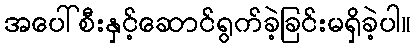
အပေါ်စီးနှင့်ဆောင်ရွက်ခဲ့ခြင်းမရှိခဲ့ပါ။